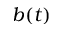
b ( t )